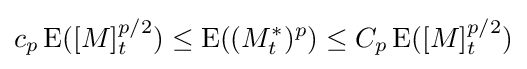
c_{p}\operatorname {E} ([M]_{t}^{p/2})\leq \operatorname {E} ((M_{t}^{*})^{p})\leq C_{p}\operatorname {E} ([M]_{t}^{p/2})